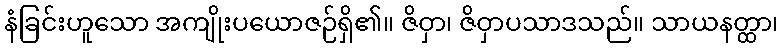
နံခြင်းဟူသော အကျိုးပယောဇဉ်ရှိ၏။ ဇိဝှာ၊ ဇိဝှာပသာဒသည်။ သာယနတ္ထာ၊